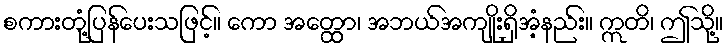
စကားတုံ့ပြန်ပေးသဖြင့်။ ကော အတ္ထော၊ အဘယ်အကျိုးရှိအံ့နည်း။ ဣတိ၊ ဤသို့။